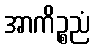
အာကိဉ္စညံ